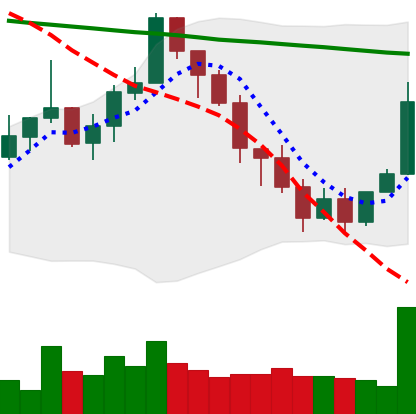
Ticker: XMR-USD
Chart end date: 2022-01-13
Forward return: -8.13%
Label: down_7plus